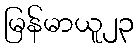
မြန်မာယူ၂၃